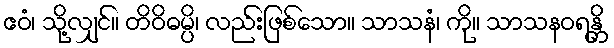
ဧဝံ၊ သို့လျှင်။ တိဝိဓမ္ပိ၊ လည်းဖြစ်သော။ သာသနံ၊ ကို။ သာသနဝရန္တိ